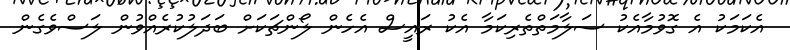
އެކަމަކު އެ ގޮވުމާއެކު ސަލާމަތްތެރިކަމާ އެކު ރައީސް އެހެން ލޯންޗަކަށް ބަދަލުކުރެއްވުން ލަސްވެގެން